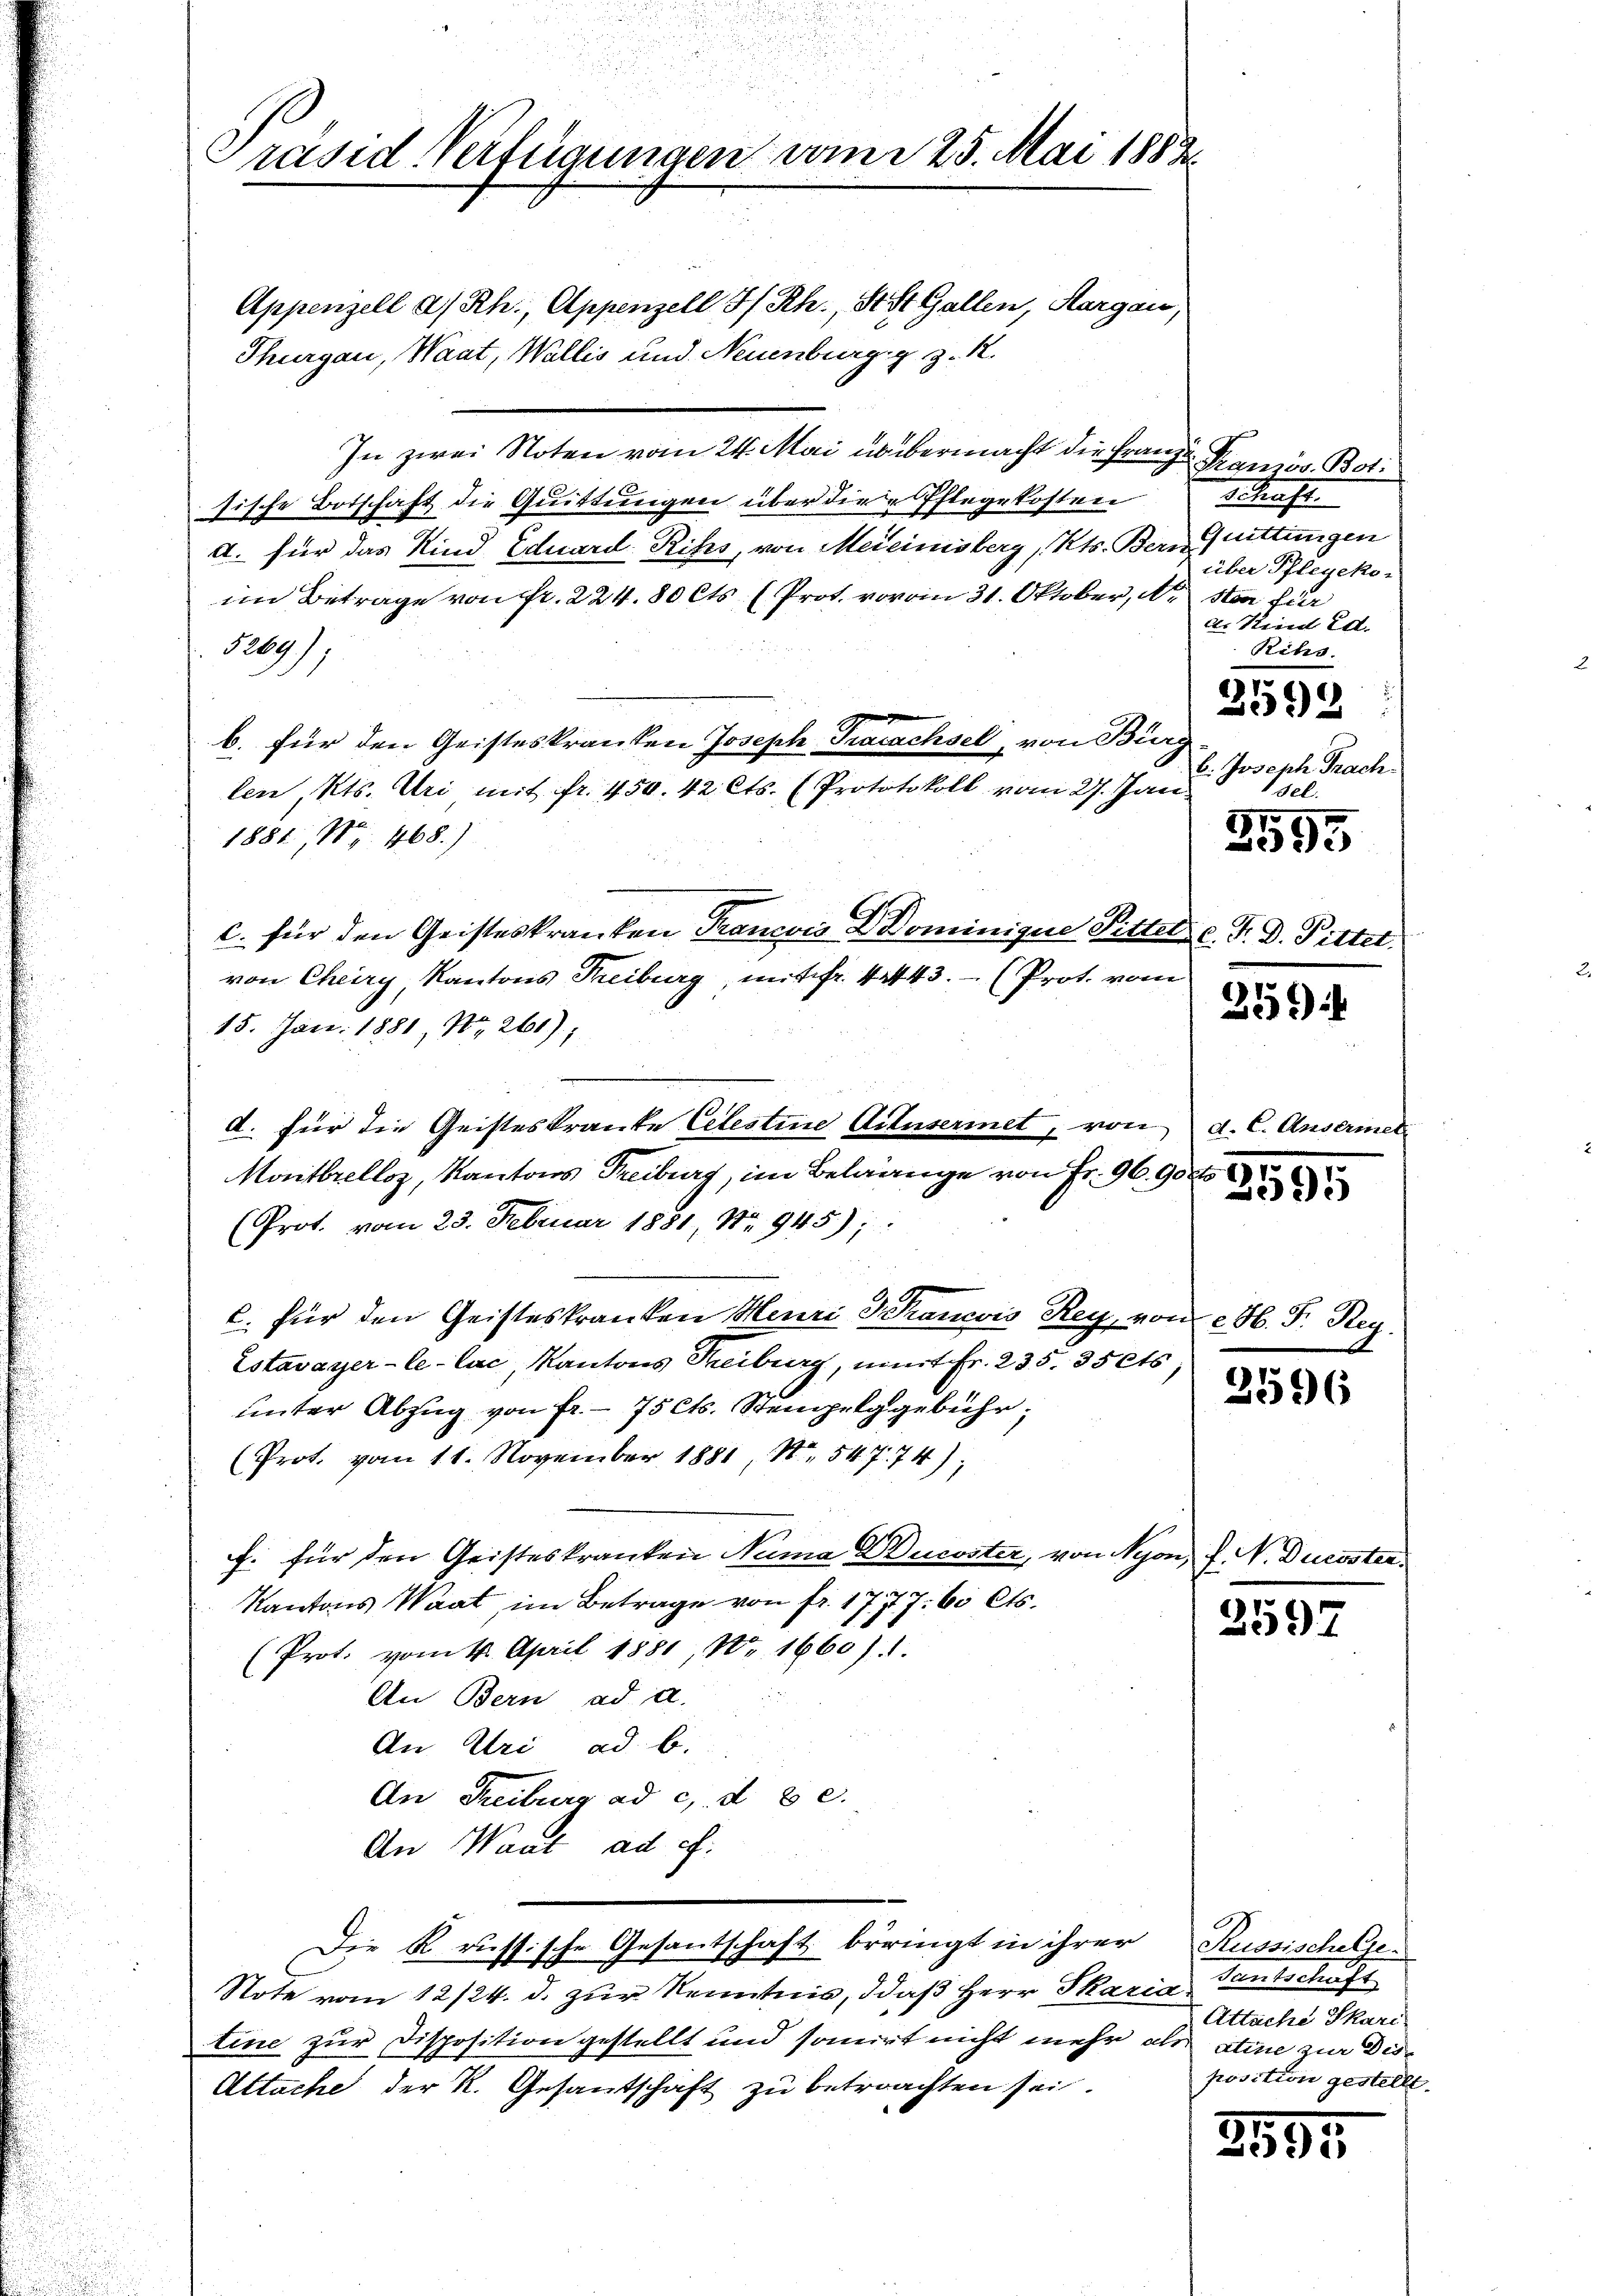
Präsid. Verfügungen vom 25. Mai 1882.

Appenzell a/Rh., Appenzell I/Rh., St. Gallen, Aargau
Thurgau, Waat, Wallis und Neuenburgg z. R.
In zwei Noten vom 24. Mai übermacht die Franzen Kranzös. Boti
sische Botschaft die Quittungen über die Pflegekosten
d. für das Kind Eduard Rits, von Meieinisberg, Kts. Bern Quittungen
im Betrage von Fr. 224.80 Cts. (Prot. vom 31. Oktober, A. sten für
5269)
b. für den Geisteskranken Joseph Tracachsel, von Bürg
len, Kts. Uri mit fr. 450. 42 Cts. (Prototokoll vom 27. Jan.
1881, Nr. 468.)
c. für den Geisteskranken Francois D Dominigne Sittels v. J. D. Pittet.
von Cheiry Kantons Freiburg, mit fr. 42443. - (Prot. vom
15. Jan. 1881, S. 261),
d. für die Geisteskrante Celestine Artusermet, von d. C. Ause
Monitbrelloz, Kantons Treiburg, im Belange von Fr. 96. 9octo
(Prot. vom 23. Februar 1881 Nr. 945);
C. für den Geisteskranken Meuri Krancois Rey, von H. F. Reg.
Estavayer-le-Cac, Kantons Treiburg, mit Fr. 235. 35 ets
unter Abzug von fr. - 75 Cts. Stempelgebühr,
(Prot. vom 11. November 1881, N. 547. 74);
f. für den Geisteskranken Nama DDucoster, von Nyon, f. N. Duer
Kantons Waat im Betrage von fr. 1777. 60 Cts.
2597
(Prot. vom 11. April 1881, No 1660). 1.
An Bern ad a.
An Uri ad b.
An Freiburg ad c. d. 3 c.
An Waat ad cf.
Die k. russische Gesantschaft beringt in ihrer Russischelse¬
Note vom 12/24. d. zur Kenntnis, daß Herr Skaria Gantschaft
tine zur Disposition gestellt und somirt nicht mehr als eine zur Dis¬
Attache der K. Gesandtschaft zu betrachten sei.

Schaft.
d. Kind Ed.
Rihs.
2599:
b. Joseph Frach.
sel.

über Pflegeko-

7.
395

259)

11

2596

Attache Skari
position gestellt.

3595.